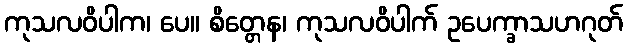
ကုသလဝိပါက၊ ပေ။ စိတ္တေန၊ ကုသလဝိပါက် ဥပေက္ခာသဟဂုတ်